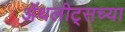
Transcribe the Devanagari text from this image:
ॲथलीट्सच्या